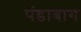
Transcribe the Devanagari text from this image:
पंडाबाग